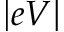
| e V |